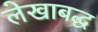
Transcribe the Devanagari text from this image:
लेखाबद्ध